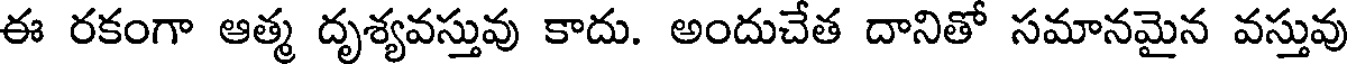
ఈ రకంగా ఆత్మ దృశ్యవస్తువు కాదు. అందుచేత దానితో సమానమైన వస్తువు